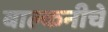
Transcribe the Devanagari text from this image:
बाल्कनीचे